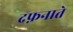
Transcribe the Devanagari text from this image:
दफ़नाते